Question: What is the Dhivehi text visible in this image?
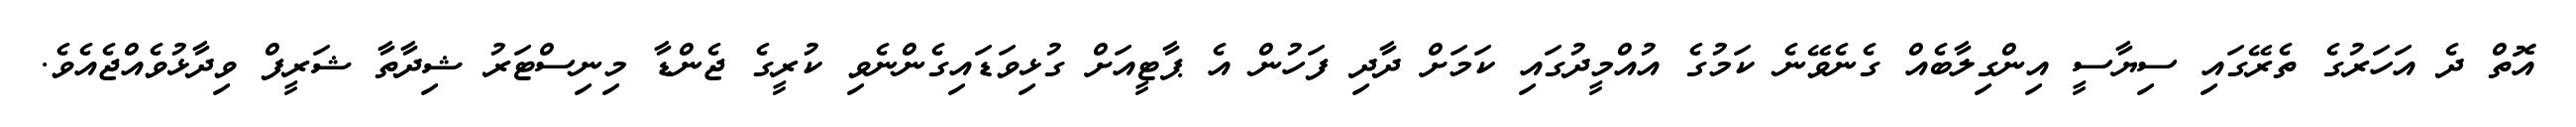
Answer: އޮތް ދެ އަހަރުގެ ތެރޭގައި ސިޔާސީ އިންގިލާބެއް ގެނެވޭނެ ކަމުގެ އުއްމީދުގައި ކަމަށް ދާދި ފަހުން އެ ޕާޓީއަށް ގުޅިވަޑައިގެންނެވި ކުރީގެ ޖެންޑާ މިނިސްޓަރު ޝިދާތާ ޝަރީފް ވިދާޅުވެއްޖެއެވެ.